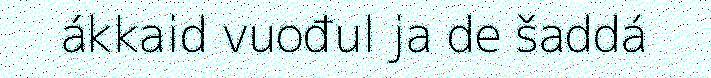
ákkaid vuođul ja de šaddá